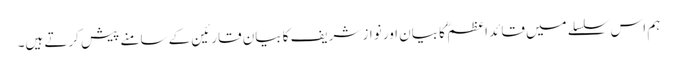
ہم اس سلسلے میں قائد اعظم ؒ کا بیان اور نواز شریف کا بیان قارئین کے سامنے پیش کرتے ہیں۔